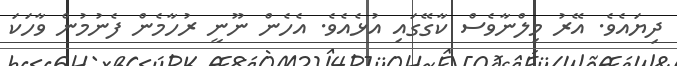
ދިޔައެވެ. އޭރު މިލްނާވެސް ކާގޭގައި އުޅެއެވެ. އެހެން ނޫނީ ރުހާމެން ފެނުމުން ވާހަކަ